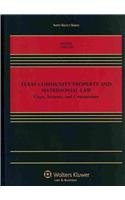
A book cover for Texas Community Property and Matrimonial Law: Cases, Statutes, and Commentary (Aspen Select); Bernard D., Jr. Reams; Law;